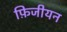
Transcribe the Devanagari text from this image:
फ़िजीयन